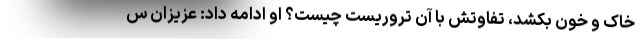
خاک و خون بکشد، تفاوتش با آن تروریست چیست؟ او ادامه داد: عزیزان س